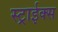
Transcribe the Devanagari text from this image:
स्ट्राईक्स